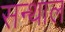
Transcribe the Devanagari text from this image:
सन्थाल